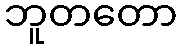
ဘူတတော